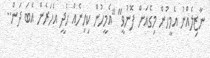
ނާޒިލެއްނު އެމީހުން މިގެއަށް ފޮނުވީ" "އެމީހުން ކިހިނެއް ހެދީ އަހަރެން އެބަ ދަން..